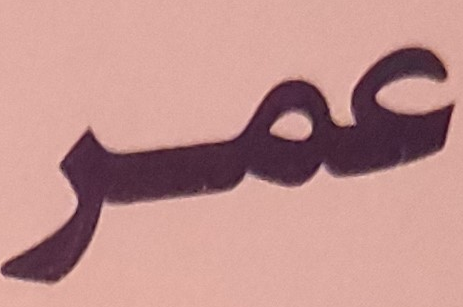
عمر